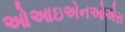
ઓઆઇએનઓએસ